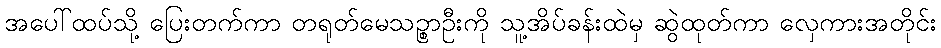
အပေါ်ထပ်သို့ ပြေးတက်ကာ တရုတ်မေသဉ္စာဦးကို သူ့အိပ်ခန်းထဲမှ ဆွဲထုတ်ကာ လှေကားအတိုင်း